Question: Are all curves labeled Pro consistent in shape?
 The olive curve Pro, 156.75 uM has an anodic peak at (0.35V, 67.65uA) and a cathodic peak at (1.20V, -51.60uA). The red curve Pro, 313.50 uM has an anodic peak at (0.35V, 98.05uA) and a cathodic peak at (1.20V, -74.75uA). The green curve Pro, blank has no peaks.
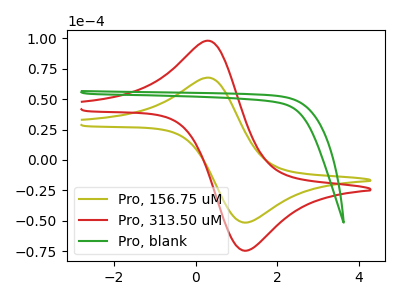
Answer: <think>All the peaks in "Pro, 156.75 uM" have a peak in "Pro, 313.50 uM" at the same potential. Every peak in "Pro, 156.75 uM" is lower than every peak in "Pro, 313.50 uM". "Pro, 156.75 uM" and "Pro, blank" have a different number of peaks. "Pro, 313.50 uM" and "Pro, blank" have a different number of peaks.
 </think>
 <answer>All the CV's of "Pro" have similar shape.</answer>
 <eval>follow_rule</eval>